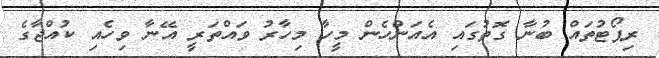
ރިޕޯޓުތައް ބުނާ ގޮތުގައި އެއަންހެން މީހާ މިހާރު ވައްތަރީ އޭނާ ވިހެއި ކުއްޖާގެ